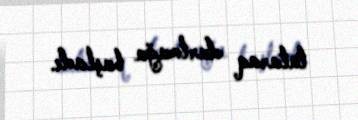
tutaraq dartmağa başladı.